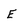
Character: e